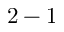
2 - 1